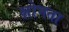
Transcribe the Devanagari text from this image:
क्षोभता